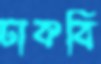
ঢাকবি